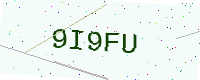
Text: 9I9FU